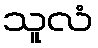
သူလံ